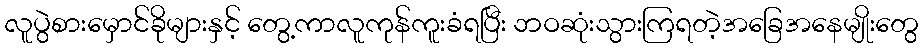
လူပွဲစားမှောင်ခိုများနှင့် တွေ့ကာလူကုန်ကူးခံရပြီး ဘဝဆုံးသွားကြရတဲ့အခြေအနေမျိုးတွေ